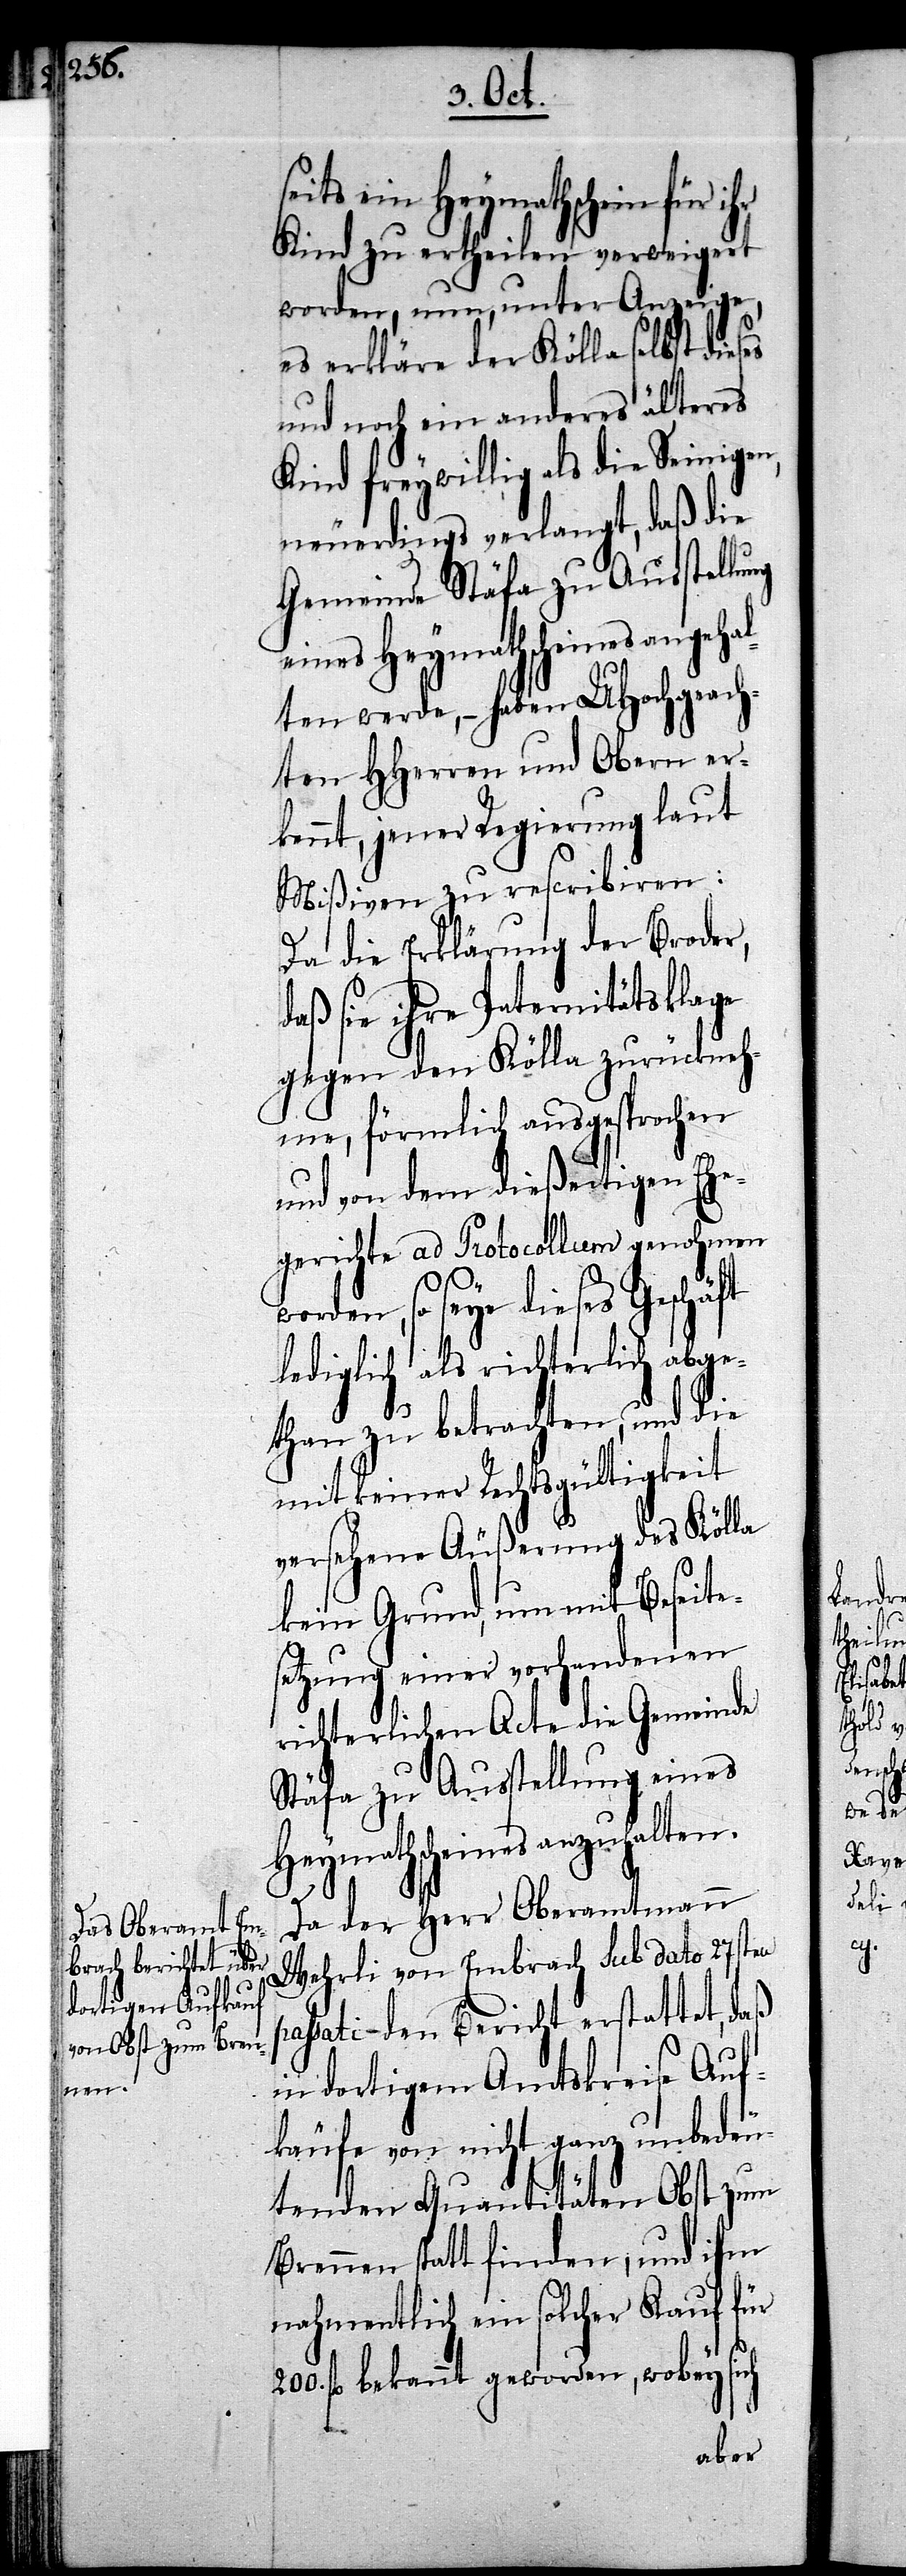
200.

Kind zu ertheilen verweigert
worden, nun, unter Anzeige,
es erkläre der Kölla selbst dieses
und noch ein anderes älteres
Kind freywillig als die Seinigen,
neuerdings verlangt, daß die
Gemeinde Stäfa zu Ausstellung
eines Heymathscheines angeh¬
alten werde, – haben UHochgeach¬
ten HHerren und Obern er¬
kennt, jener Regierung laut
Mißiven zu rescribiren:
Da die Erklärung der Broder,
daß sie ihre Paternitätsklage
gegen den Kölla zurückneh¬
me, förmlich ausgesprochen
und von dem dießeitigen Ehe¬
gerichte ad Protocollum genohmen
worden, so seye dieses Geschäft
lediglich als richterlich abge¬
than zu betrachten, und die
mit keiner Rechtsgültigkeit
versehene Äußerung des Kölla
kein Grund, um mit Beseite¬
setzung einer vorhandenen
richterlichen Acte die Gemeinde
Stäfa zu Ausstellung eines
Heymathscheines anzuhalten.
Da der Herr Oberamtmann
Wehrli von Embrach sub dato 27sten
assati – den Bericht erstattet, daß
in dortigem Amtskreise Auf¬
käufe von nicht ganz unbedeu¬
tenden Quantitäten Obst zum
Brennen statt finden, und ihm
nahmentlich ein solcher Kauf für
fl bekannt geworden, wobey sich